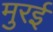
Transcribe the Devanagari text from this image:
मुरई